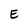
Character: E